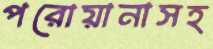
পরোয়ানাসহ